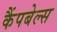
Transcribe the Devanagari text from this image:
कैंपबेल्स